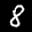
Label: 8